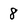
Character: 8